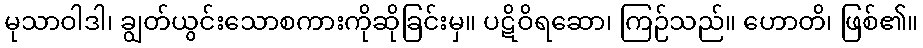
မုသာဝါဒါ၊ ချွတ်ယွင်းသောစကားကိုဆိုခြင်းမှ။ ပဋိဝိရဆော၊ ကြဉ်သည်။ ဟောတိ၊ ဖြစ်၏။